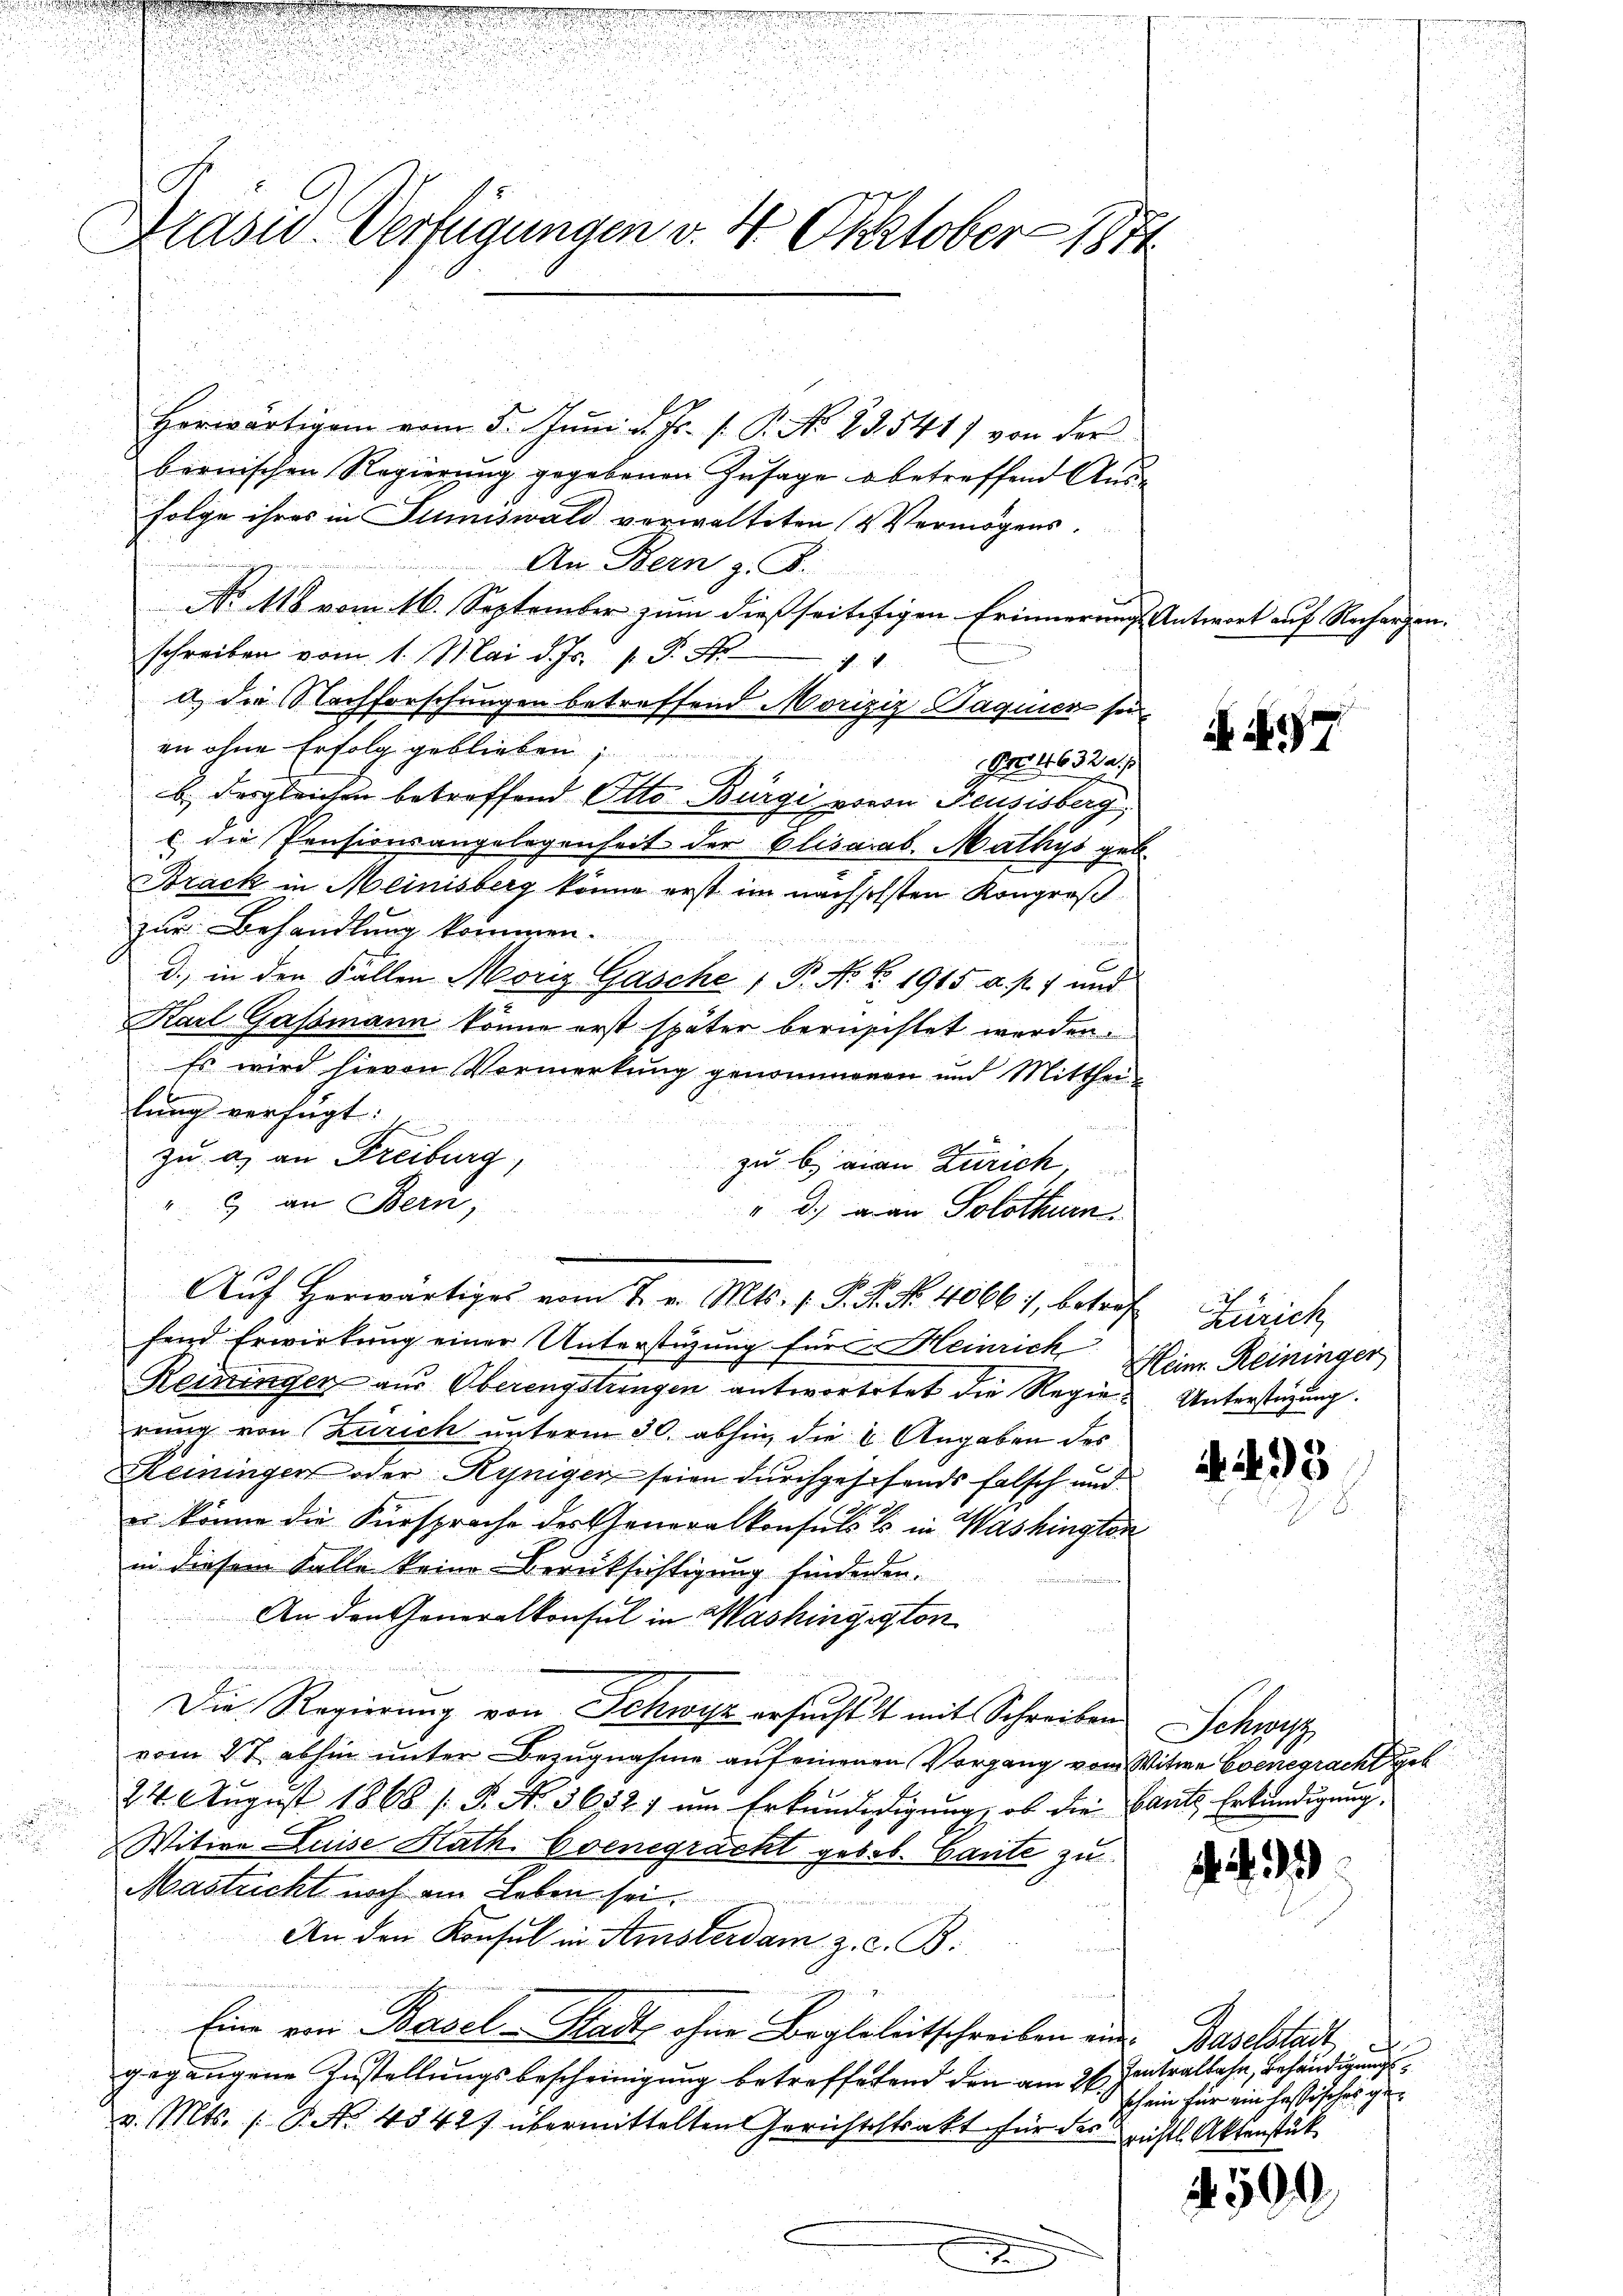
Präsid. Verfügungen v. 4. Oktober 1874

Horwärtigen vom 5. Juni d. Js. f. P. No. 83. 541) von der
bernischen Regierung gegebenen Zusage betreffend Aus¬
Folge ihres in Sumiswald verwaltiten & Vermögens.
An Bern z. B.
e
No 116 vom 16. September zum dießseitisigen Erinnerungs Antwort auf Rechargen
schreiben vom 1. Mai d. Js. 1. P. Nr
d. 1.
a) die Nachforschungen betreffend Moriziz Paquier sein
in ohne Erfolg geblieben,
Dro. 1632.
b. desgleichen betreffend Otto Bürgi, wovon Feusisberg,
u. die Pensionsangelegenheit der Elisarab. Mathys geb.
Brack in Meinisberg könne erst im nächselsten Kongreß
zur Behandlung kommen.

.
d., in den Fällen Moriz Gasche P. N. Z. 1915 a. p. 1 und
Karl Gassmann könne erst später beruschtet werden.
Es wird hievon Vormerkung genommenen und Mittheilung verfügt:

zu a. an Freiburg,
zu B. ein Zürich
"  an Bern,
" d.) man Solothurn
fend Erwirkung einer Unterstüzung für Heinrich
Reisingen aus Oberengstungen antwortetet die Regie-Unterstüzung.
rung von Zürich unterm 30. abhin, die 2 Angaben des
Keiningen oder Rynigen seien durchgehefends falsch und
u. könne die Fürsprache der Generalkonsuls es in Washington
in diesem Falle keine Berücksichtigung finderen.
An den Generalkonsul in Washingegton
t
Die Regierŭng von Schwyz ersŭcht mit Schreiben Schwyz
vom 27. abhin unter Bezugnahme auf einenen Vorgang von Witwe Evenegracht geb
24 August 1868 / 5. No. 56521 um Erkundedigung, ob die Baute Erkundigung,
Witwe Luise Kath. Evenegrächt gebot. Gante zu
Mastricht noch am Leben sei.

An den Konsul in Amsterdam z. c. B.
Eine von Basel-Statte ohne Begleleitschreiben ein Baselstadt
gegangene Zustellungsbescheinigung betreffetend den am 26. Jantralbahn, Behändigung
v. Mts. /: P. Nr. 45427 übermittelten Gerichtsstrakt für das richtl. Aktenstück

Aŭf herwärtiges vom 7. v. Mts. v. P. R. No. 40661, betrof Zürich

Heim. Reininger

i. N. 277

35

.)

schein für ein hassisches ge¬

599